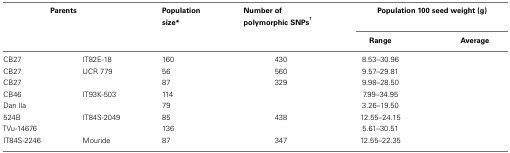
<table><thead><tr><td colspan="2"><b>Parents</b></td><td><b>Population size*</b></td><td><b>Number of polymorphic SNPs<sup>†</sup></b></td><td colspan="2"><b>Population 100 seed weight (g)</b></td></tr><tr><td>[EMPTY_CELL]</td><td>[EMPTY_CELL]</td><td>[EMPTY_CELL]</td><td>[EMPTY_CELL]</td><td><b>Range</b></td><td><b>Average</b></td></tr></thead><tbody><tr><td>CB27</td><td>IT82E-18</td><td>160</td><td>430</td><td>8.53–30.96</td><td>[EMPTY_CELL]</td></tr><tr><td>CB27</td><td>UCR 779</td><td>56</td><td>560</td><td>9.57–29.81</td><td>[EMPTY_CELL]</td></tr><tr><td>CB27</td><td>[EMPTY_CELL]</td><td>87</td><td>329</td><td>9.98–28.50</td><td>[EMPTY_CELL]</td></tr><tr><td>CB46</td><td>IT93K-503</td><td>114</td><td>[EMPTY_CELL]</td><td>7.99–34.95</td><td>[EMPTY_CELL]</td></tr><tr><td>Dan Ila</td><td>[EMPTY_CELL]</td><td>79</td><td>[EMPTY_CELL]</td><td>3.26–19.50</td><td>[EMPTY_CELL]</td></tr><tr><td>524B</td><td>IT84S-2049</td><td>85</td><td>438</td><td>12.55–24.15</td><td>[EMPTY_CELL]</td></tr><tr><td>TVu-14676</td><td>[EMPTY_CELL]</td><td>136</td><td>[EMPTY_CELL]</td><td>5.61–30.51</td><td>[EMPTY_CELL]</td></tr><tr><td>IT84S-2246</td><td>Mouride</td><td>87</td><td>347</td><td>12.55–22.35</td><td>[EMPTY_CELL]</td></tr></tbody></table>